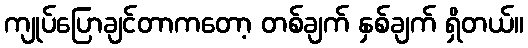
ကျုပ်ပြောချင်တာကတော့ တစ်ချက် နှစ်ချက် ရှိတယ်။